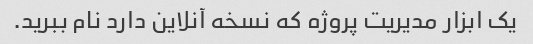
یک ابزار مدیریت پروژه که نسخه آنلاین دارد نام ببرید.